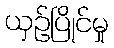
ယှဉ်ပြိုင်မှု